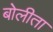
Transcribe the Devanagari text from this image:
बोलीता